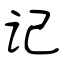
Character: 记